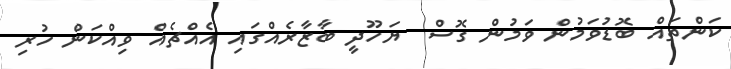
ކަންތައް ބޮޑުވަމުން ވަމުން ގޮސް  ޔަހޫދީ ބާޒާރެއްގައި އެއްޗެއް ވިއްކަން ހުރި